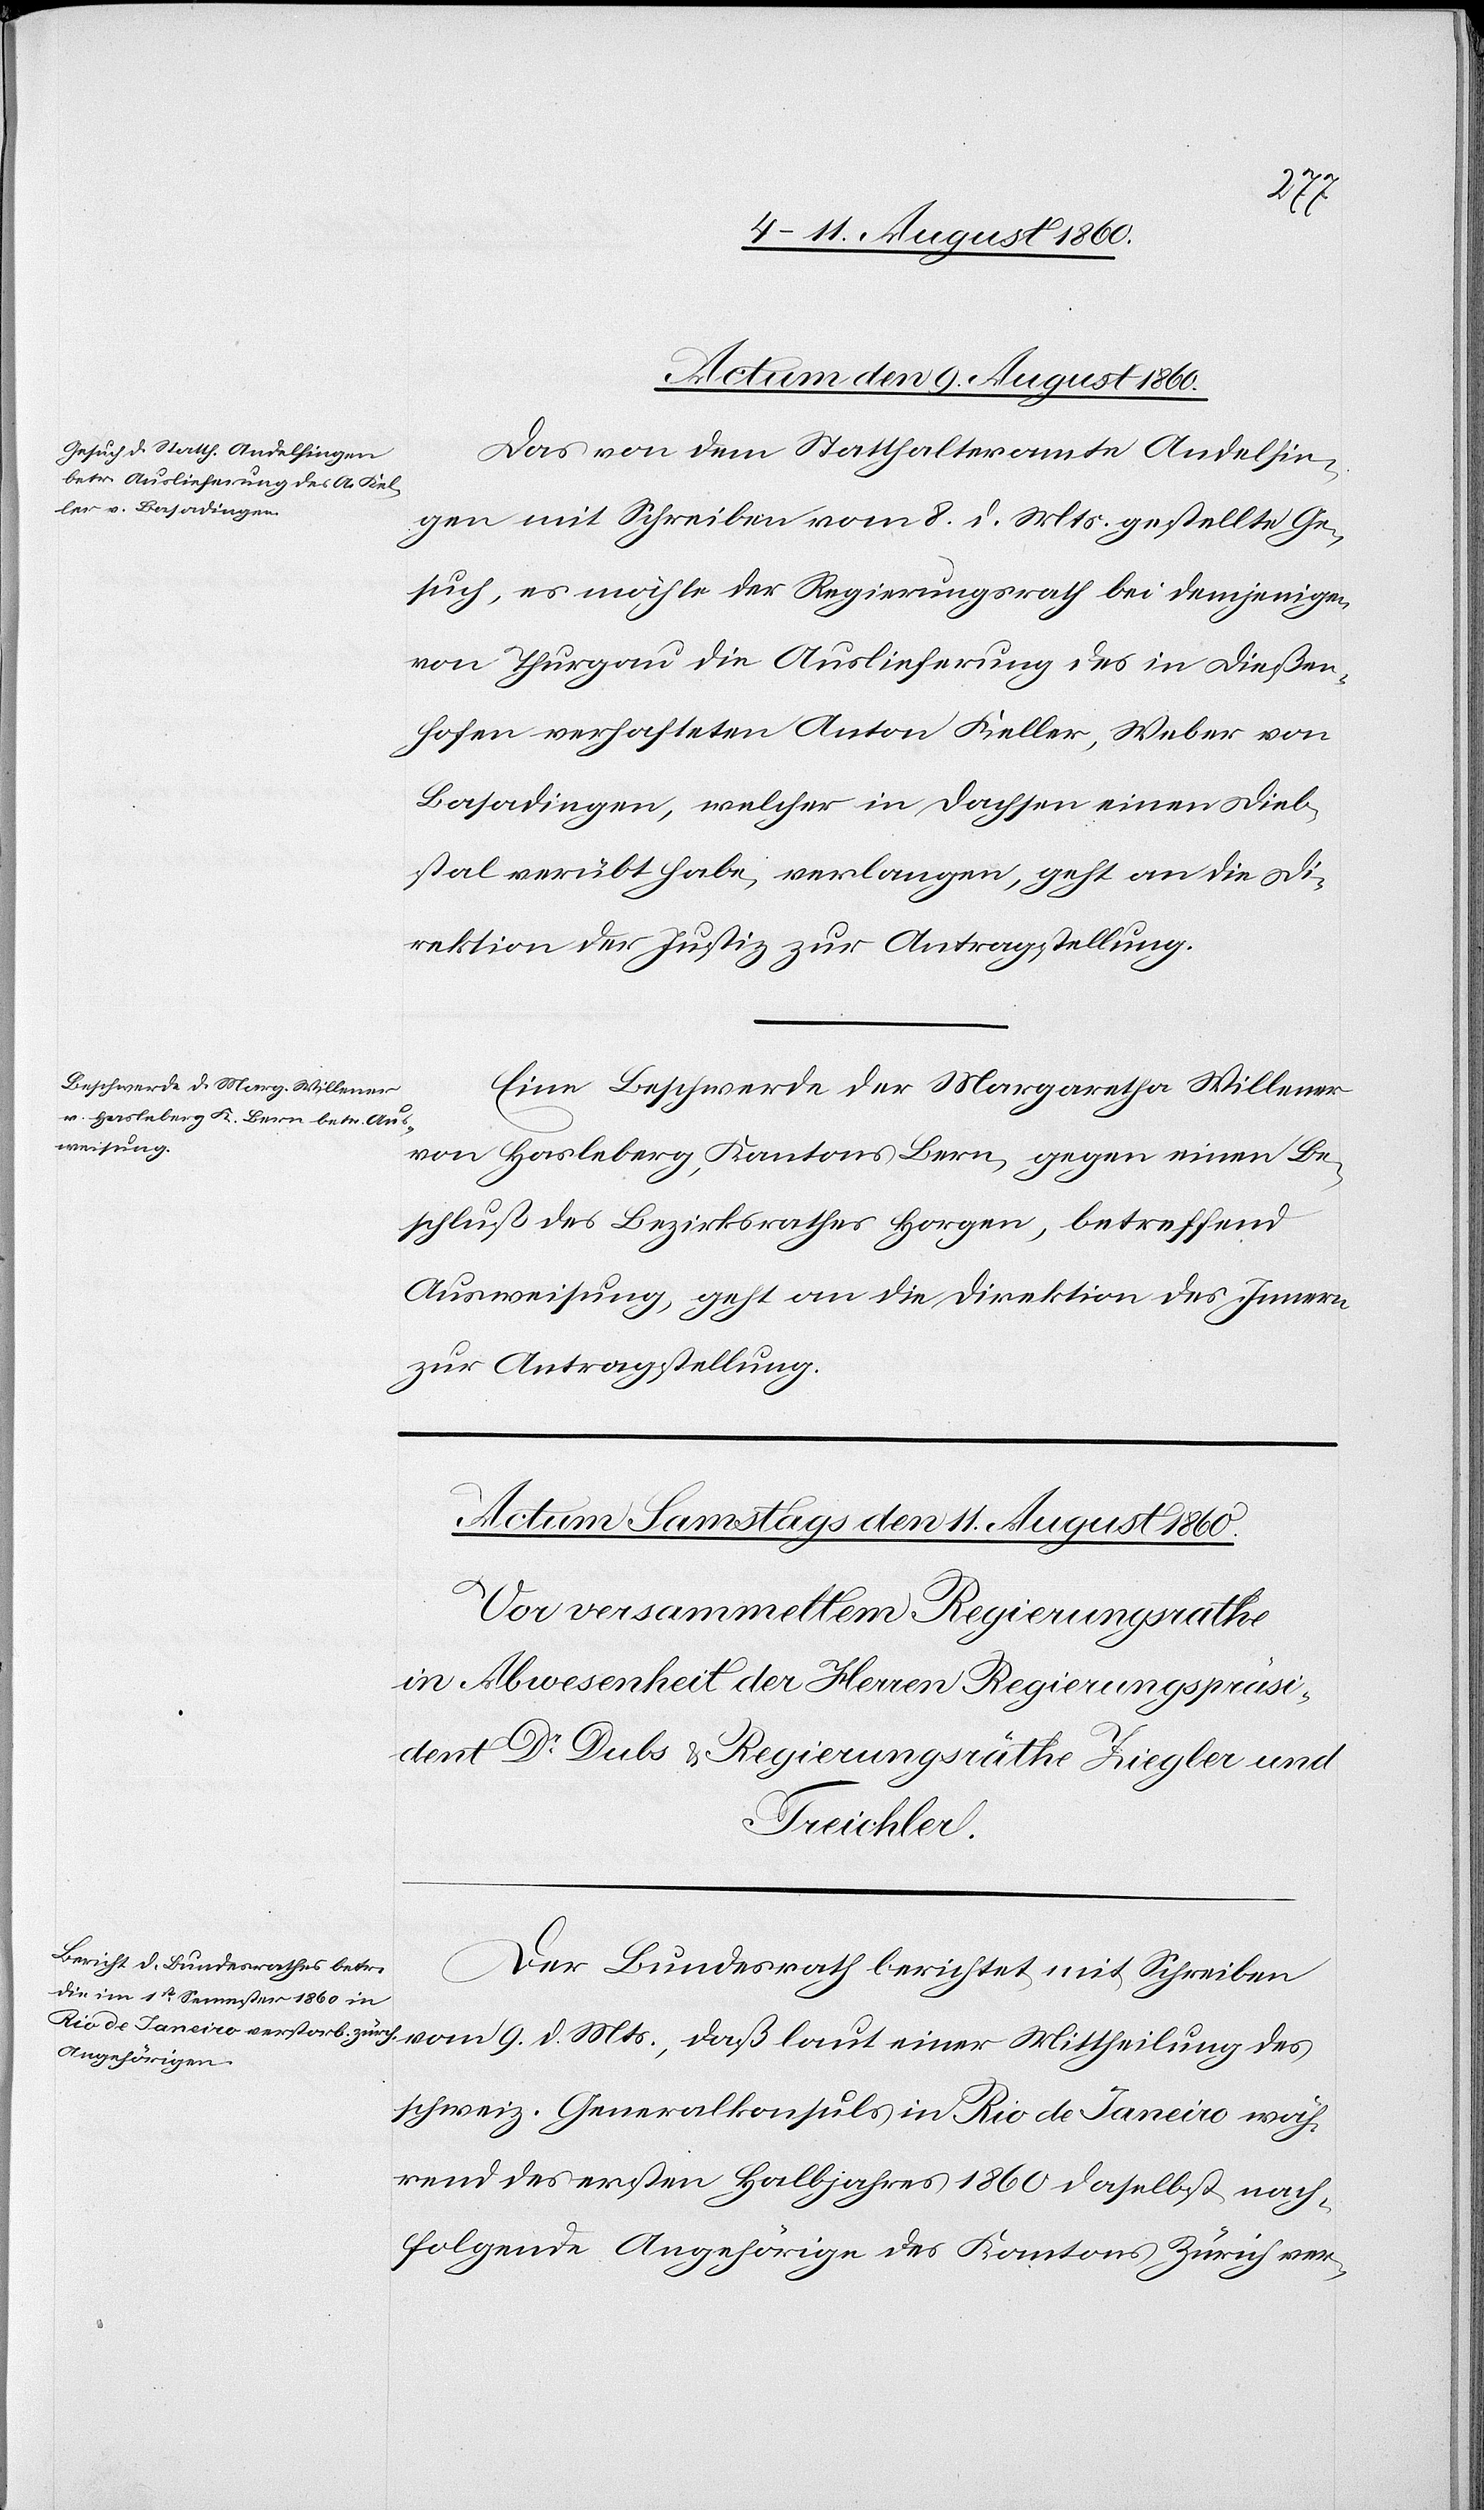
Mts.,
Actum den 9. August 1860.]
Das von dem Statthalteramte Andelfin¬
gen mit Schreiben vom 8. d. Mts. gestellte Ge¬
such, es möchte der Regierungsrath bei demjenigen
von Thurgau die Auslieferung des in Diessen¬
hofen verhafteten Anton Keller, Weber von
Basadingen, welcher in Dachsen einen Dieb¬
stal verübt habe, verlangen, geht an die Di¬
rektion der Justiz zur Antragstellung.
Eine Beschwerde der Margaretha Willener
von Hasleberg, Kantons Bern gegen einen Be¬
schluss des Bezirksrathes Horgen, betreffend
Ausweisung, geht an die Direktion des Innern
zur Antragstellung.
Der Bundesrath berichtet mit Schreiben
schweizerischen Generalkonsuls in Rio de Janeiro wäh¬
rend des ersten Halbjahres 1860 daselbst nach-